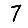
Digit: 7